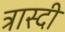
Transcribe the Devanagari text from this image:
त्रास्दी